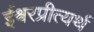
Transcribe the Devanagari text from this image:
ईश्वरप्रीत्यर्थ